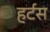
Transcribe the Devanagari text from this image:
हर्टस